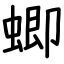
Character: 蝍